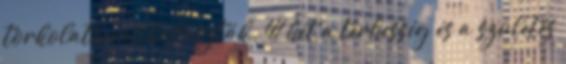
torkolatánál halászták. 41 hét a terhesség és a születés